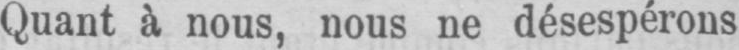
Quant à nous, nous ne désespérons